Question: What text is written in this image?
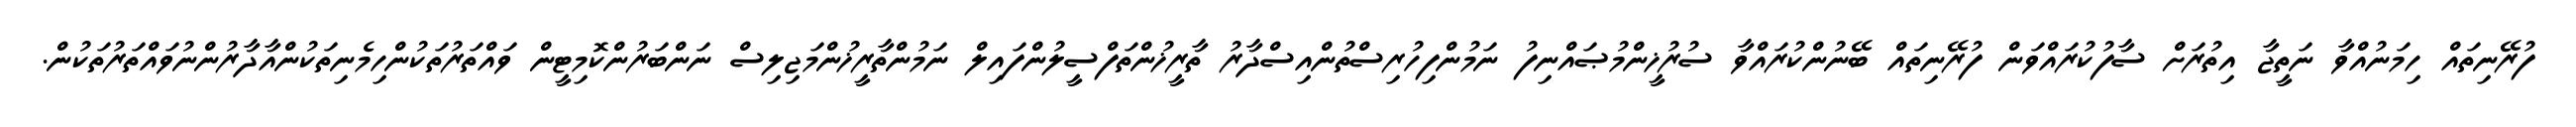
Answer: ފުރޭނިތައް ހިމަނުއްވާ ނަތީޖާ އިތުރަށް ސާފުކުރައްވަން ފުރޭނިތައް ބޭނުންކުރައްވާ ސުރުޚީންމުޞައްނިފު ނަމުންފިހުރިސްތުންއިސްދާރު ތާރީޚުންތަފްސީލުންފައިލް ނަމުންތާރީޚުންމަޖިލިސް ނަންބަރުންކޮމިޓީން ވައްތަރުތަކުންހިމެނިތަކުންއާދާރުންނުވައްތަރުތަކުން.